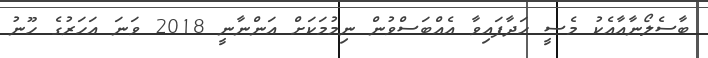
ބާސެލޯނާއާއެކު މެސީ ހަދާފައިވާ އެއްބަސްވުން ނިމުމަކަށް އަންނާނީ 2018 ވަނަ އަހަރުގެ ހޫނު